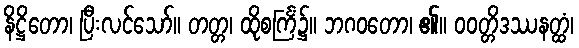
နိဋ္ဌိတော၊ ပြီးလင်သော်။ တတ္တ၊ ထိုစင်္ကြံ၌။ ဘဂဝတော၊ ၏။ ဝဝတ္တိဒဿနတ္ထံ၊